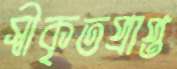
স্বীকৃতপ্রাপ্ত